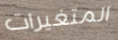
المتغيرات